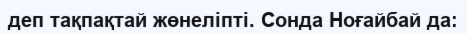
деп тақпақтай жөнеліпті. Сонда Ноғайбай да: